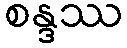
စန္ဒဿ